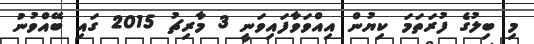
މި ބިލުގެ ފުރަތަމަ ކިޔުން އިއްވަވާފައިވަނީ 3 މާރިޗު 2015 ގައި ބޭއްވުނު